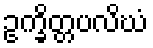
ဥက္ခိတ္တပလိဃံ